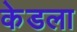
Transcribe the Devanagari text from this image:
केडला